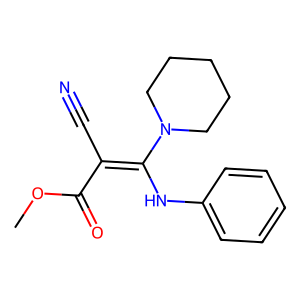
SMILES: COC(=O)C(C#N)=C(Nc1ccccc1)N1CCCCC1
Inhibits HIV replication: No